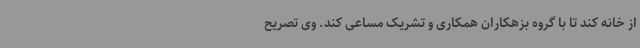
از خانه کند تا با گروه بزهکاران همکاری و تشریک مساعی کند. وی تصریح